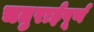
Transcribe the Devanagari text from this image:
चतुराईपूर्ण